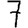
Digit: 7